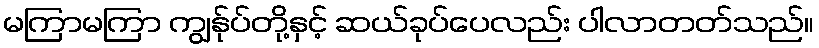
မကြာမကြာ ကျွန်ုပ်တို့နှင့် ဆယ်ခုပ်ပေလည်း ပါလာတတ်သည်။